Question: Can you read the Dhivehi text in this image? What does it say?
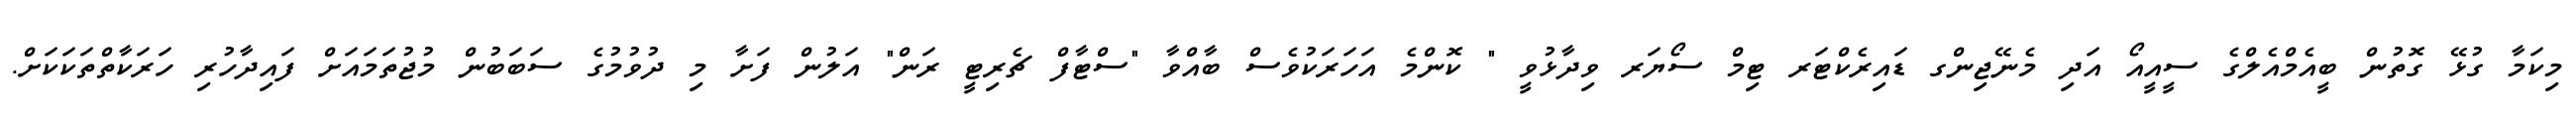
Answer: މިކަމާ ގުޅޭ ގޮތުން ބީއެމްއެލްގެ ސީއީއޯ އަދި މެނޭޖިންގ ޑައިރެކްޓަރ ޓިމް ސޯޔަރ ވިދާޅުވީ " ކޮންމެ އަހަރަކުވެސް ބާއްވާ "ސްޓާފް ޗެރިޓީ ރަން" އަލުން ފަށާ މި ދުވުމުގެ ސަބަބުން މުޖުތަމައަށް ފައިދާހުރި ހަރަކާތްތަކަކަށް.